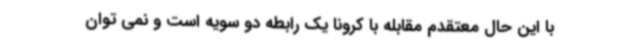
با این حال معتقدم مقابله با کرونا یک رابطه دو سویه است و نمی توان